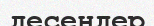
десеңдер